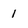
Character: 1